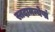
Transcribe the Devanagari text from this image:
स्तदामन्येषां